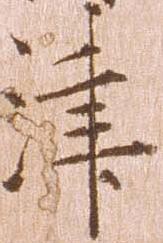
津